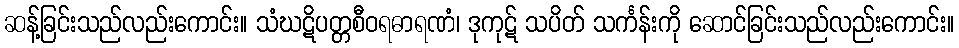
ဆန့်ခြင်းသည်လည်းကောင်း။ သံဃဋိပတ္တစီဝရဓာရဏံ၊ ဒုကုဋ် သပိတ် သင်္ကန်းကို ဆောင်ခြင်းသည်လည်းကောင်း။